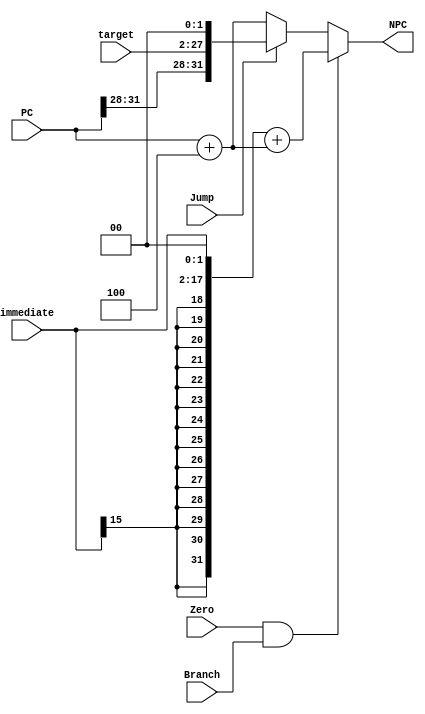
`timescale 1ns / 1ps

module npc(
        input Branch,           //branch
        input Zero,             //0
        input Jump,             //j
        input [31:0] PC,        //PC
        input [25:0] target,      //jump
        input [15:0] immediate,      //beq
        output reg [31:0] NPC        //
    );
    
    wire [31:0] pc4;
    
    assign pc4 = PC + 4;
    
    always@(*)
    begin
        if (Zero && Branch) begin
            NPC = {{14{immediate[15]}}, immediate[15:0], 2'b00} + pc4;
        end else if (Jump) begin
            NPC = {PC[31:28], target, 2'b00};
        end else begin
            NPC = pc4;
        end
    end
    
endmodule